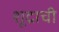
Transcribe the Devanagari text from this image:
शूद्राची